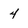
Character: 4